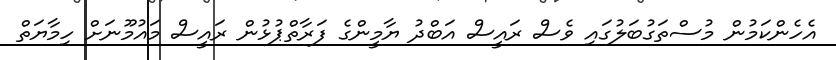
އެހެންކަމުން މުސްތަގުބަލުގައި ވެސް ރައީސް އަބްދު ޔާމީންގެ ފަރާތްޕުޅުން ރައީސް މައުމޫނަށް ހިމާޔަތް